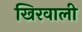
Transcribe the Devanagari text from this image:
खिरवाली